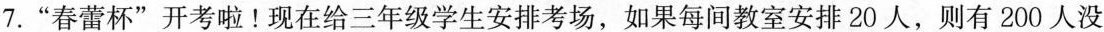
7.”春蕾杯”开考啦！现在给三年级学生安排考场，如果每间教室安排20人，则有200人没